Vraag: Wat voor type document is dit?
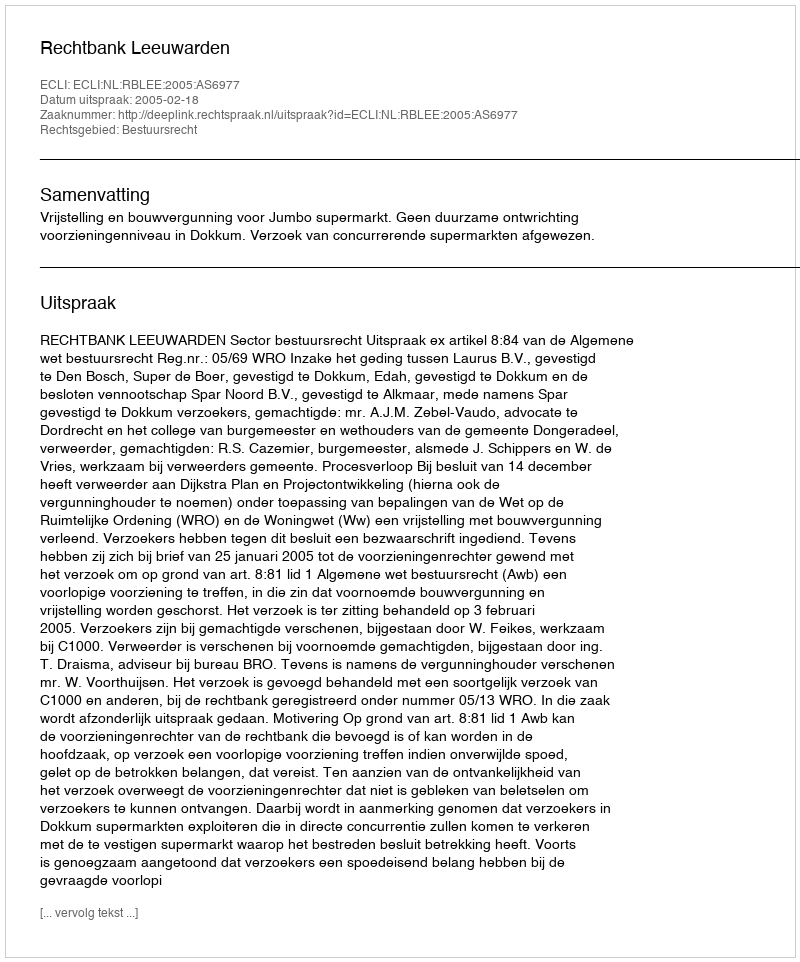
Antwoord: Uitspraak